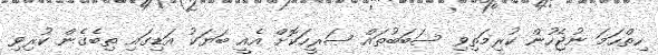
ހިތްހަމަ ނުޖެހުން ކުރިމަތިވި ސަބަބުތައް ޞަރީހަކޮށް އެއީ ބަޔަކު އަޑިގައި ތިބެގެން ކުރިވި